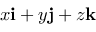
x { \mathbf i } + y { \mathbf j } + z { \mathbf k }